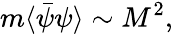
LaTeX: m\langle\bar{\psi}\psi\rangle\sim M^{2},